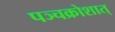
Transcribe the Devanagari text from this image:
पञ्चक्रोशात्